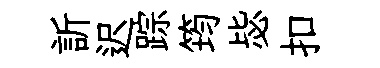
訢迟踪筠毖扣